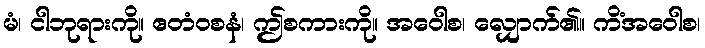
မံ၊ ငါဘုရားကို။ ဧတံဝစနံ၊ ဤစကားကို။ အဝေါစ၊ လျှောက်၏။ ကိံအဝေါစ၊